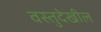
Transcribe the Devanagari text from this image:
वस्तुदेखील